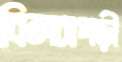
বিলচাপড়ী